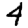
Digit: 4